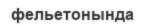
фельетонында